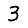
Digit: 3